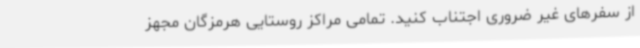
از سفرهای غیر ضروری اجتناب کنید. تمامی مراکز روستایی هرمزگان مجهز